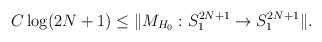
LaTeX: \begin{align*}C \log(2N+1) \leq \Vert M_{ H_0 }: S_{1}^{2N+1} \rightarrow S_{1}^{2N+1} \Vert.\end{align*}